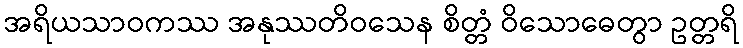
အရိယသာဝကဿ အနုဿတိဝသေန စိတ္တံ ဝိသောဓေတွာ ဥတ္တရိ